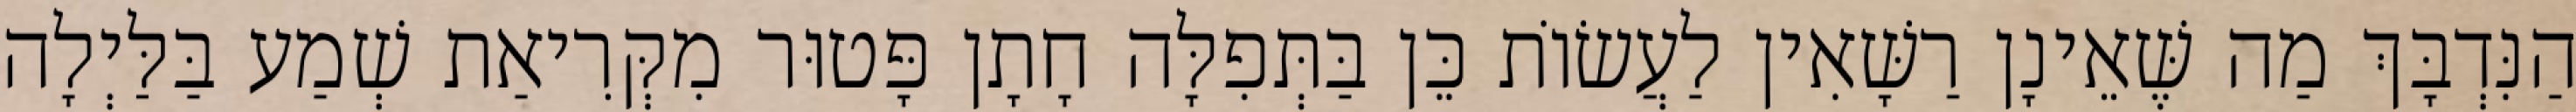
הַנִּדְבָּךְ מַה שֶּׁאֵינָן רַשָּׁאִין לַעֲשׂוֹת כֵּן בַּתְּפִלָּה חָתָן פָּטוּר מִקְּרִיאַת שְׁמַע בַּלַּיְלָה